system: You are a helpful assistant.
user:
Analyze the provided spectrum to determine if it is a **Carbon Star (C-type)**.

- **Key Visual Indicators of Carbon Star:**
    - **(Primary):** Strong molecular absorption from **C₂ (diatomic carbon) "Swan Bands."** This is the **defining feature** of a carbon star.
        - **(Key Bandheads):** Sharp absorption edges are visible at approximately $5635$ Å, $5165$ Å (the strongest band), and $4737$ Å.
        - **(Line Profile):** Creates a distinct **"saw-tooth"** pattern. The key morphology is a sharp, steep bandhead on the **red (long-wavelength) side**, which then gradually tapers off (i.e., flux recovers) towards the **blue (short-wavelength) side**. *(This is the direct opposite of the TiO bands seen in M-type stars)*.

    - **(Secondary):** Intense **CN (cyanogen)** molecular absorption bands.
        - **(Key Bandheads):** Located in the blue and violet regions of the spectrum (e.g., near $4215$ Å and $3883$ Å).
        - **(Morphology):** These bands are extremely broad and act as a "blanket," absorbing the vast majority of blue and violet light. This creates a characteristic **"cliff"** or **"steep drop-off"** in the spectrum's flux at short wavelengths.

    - **(Key Confirmation):** Strong **CH absorption band (G-band)**.
        - **(Key Bandhead):** Located around $4300$ Å. The contribution from CH molecules to this band is exceptionally strong.

    - **(Overall Spectrum):**
        - The continuum is severely "chopped up" by these deep molecular bands, especially C₂, rather than appearing as a smooth curve.
        - Due to the heavy CN and C₂ absorption in the blue-green, the vast majority of the star's flux is concentrated in the red part of the spectrum, giving the star its characteristic deep red color.

Think first, call **spectral_visualization_tool** if needed to examine features in detail, then provide your final answer. Your response must adhere to the following strict rules:
1.  **Overall Structure:** Your response must follow the format `<think>...</think> <tool_call>...</tool_call> (if a tool is used) <answer>...</answer>`.
2.  **Tool Usage Constraint:** You may only make **one** tool call per turn.
3.  **Final Answer Format:** In the `<answer>` tag, your conclusion must be inside a `\boxed{}` command (e.g., `\boxed{YES}`), followed by your justification.

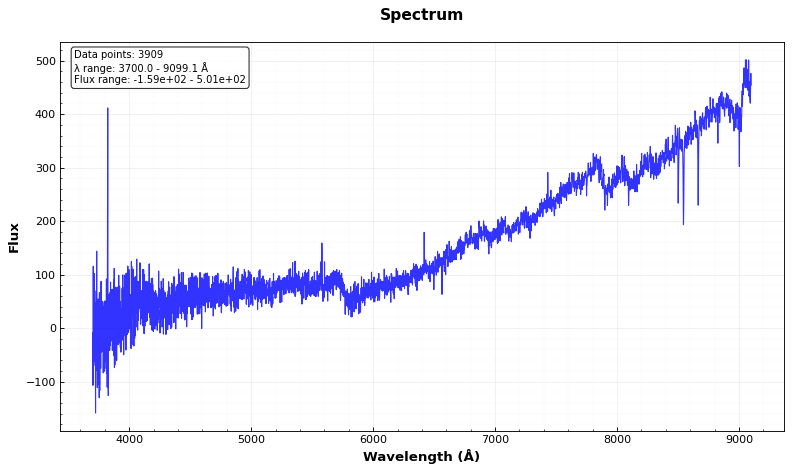
Answer: YES